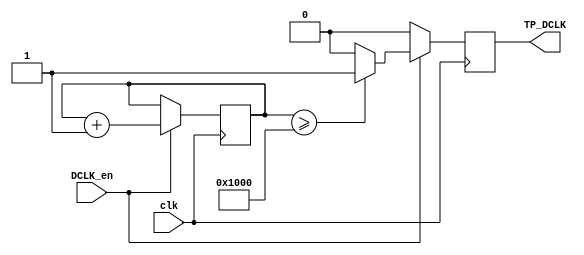
`timescale 1ns / 1ps
//////////////////////////////////////////////////////////////////////////////////
// Company: 
// Engineer: 
// 
// Design Name: 
// Module Name:    touchclkdiv 
// Project Name: 
// Target Devices: 
// Tool versions: 
// Description: 
//
// Dependencies: 
//
// Revision: 
// Revision 0.01 - File Created
// Additional Comments: 
//
//////////////////////////////////////////////////////////////////////////////////
module touchclkdiv(input clk,DCLK_en,output reg TP_DCLK
    );

    


reg [12:0] count;
initial begin

count =0; end

always@(posedge clk)
begin
if(DCLK_en)begin
		if(count >=13'b1000000000000)
		TP_DCLK = 1;
		else TP_DCLK=0;
		count = count + 1'b1;			
		end
else
TP_DCLK=0;
end



endmodule